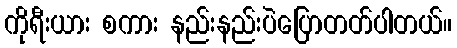
ကိုရီးယား စကား နည်းနည်းပဲပြောတတ်ပါတယ်။